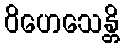
ဝိဟေသေန္တိ